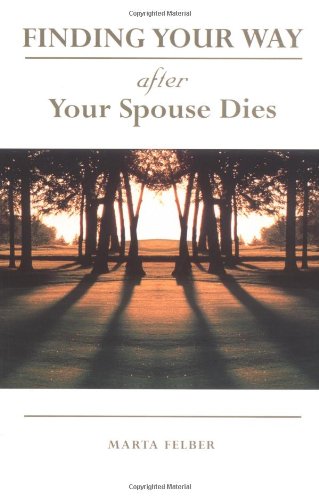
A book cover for Finding Your Way After Your Spouse Dies; Marta Felber; Self-Help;